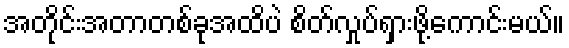
အတိုင်းအတာတစ်ခုအထိပဲ စိတ်လှုပ်ရှားဖို့ကောင်းမယ်။